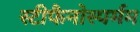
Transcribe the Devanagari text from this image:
स्टीफैनोस्पर्मम